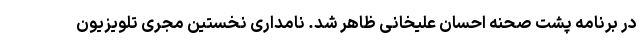
در برنامه پشت صحنه احسان علیخانی ظاهر شد. نامداری نخستین مجری تلویزیون